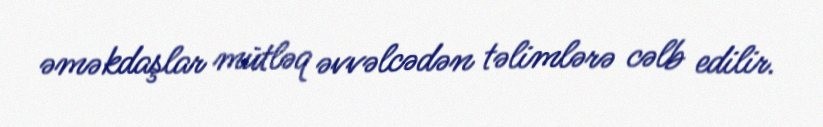
əməkdaşlar mütləq əvvəlcədən təlimlərə cəlb edilir.